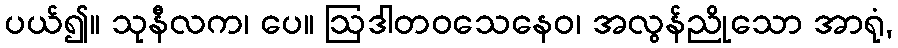
ပယ်၍။ သုနီလက၊ ပေ။ ဩဒါတဝသေနေဝ၊ အလွန်ညိုသော အာရုံ,